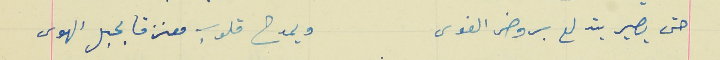
حتى يصير يتدلع بروض الغوى                                   ويمدح قلوب معنزقا بحبل الهوى